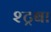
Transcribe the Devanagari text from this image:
श्ट्रबा